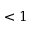
< 1